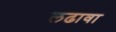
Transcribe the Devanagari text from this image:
लढावा